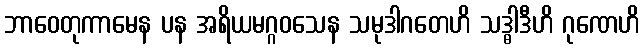
ဘာဝေတုကာမေန ပန အရိယမဂ္ဂဝသေန သမုဒါဂတေဟိ သဒ္ဓါဒီဟိ ဂုဏေဟိ